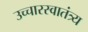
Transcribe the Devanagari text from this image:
उच्चारस्वातंत्र्य